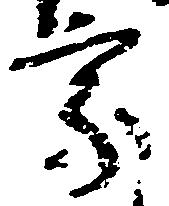
家